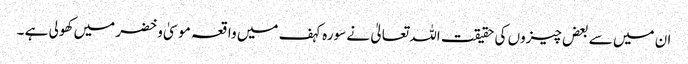
ان میں سے بعض چیزوں کی حقیقت اللہ تعالیٰ نے سورہ کہف میں واقعہ موسیٰ و خضر میں کھولی ہے ۔